Civil Veterinary Dept. Assam report 1927-50 - 1927-1950
Year: 1927
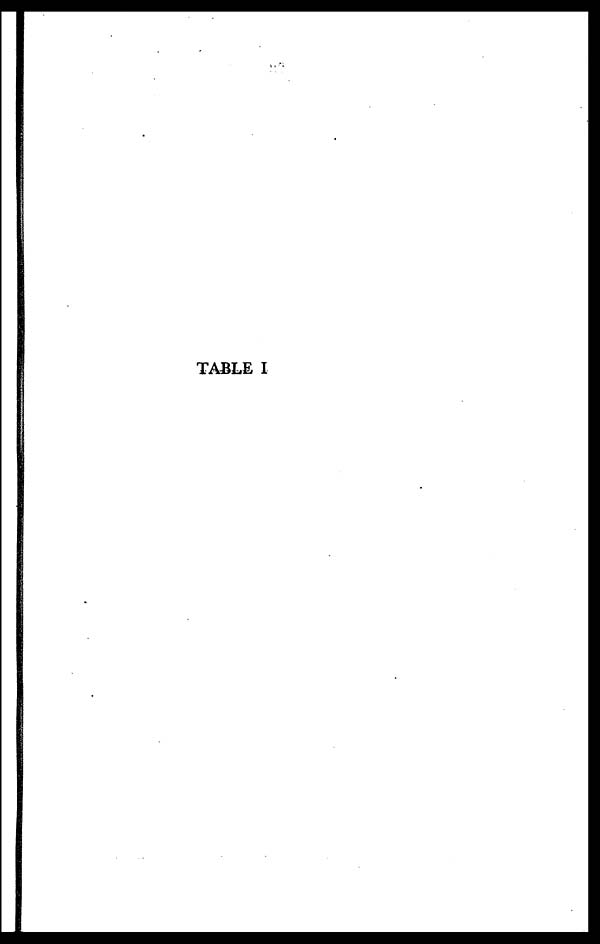
TABLE I